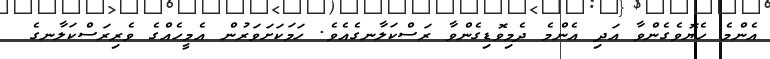
އެންމެ ހެޔޮވެގެންވާ އަދި އެންމެ ދެމިވޮޑިގެންވާ ރަސްކަލާނގެއެވެ. ހަމަކަށަވަރުން އެމީހެއްގެ ވެރިރަސްކަލާނގެ